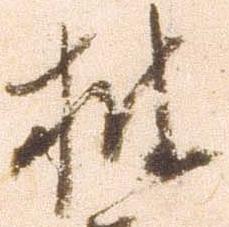
披